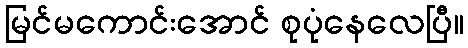
မြင်မကောင်းအောင် စုပုံနေလေပြီ။